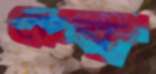
কেব